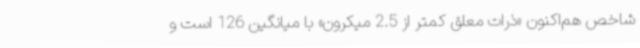
شاخص هم‌اکنون «ذرات معلق کمتر از 2.5 میکرون» با میانگین 126 است‌ و